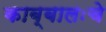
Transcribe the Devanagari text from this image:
काब्बालःचे